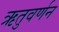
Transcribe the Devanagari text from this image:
ऋतुवर्णन